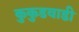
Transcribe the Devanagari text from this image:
कुकुडवाडी